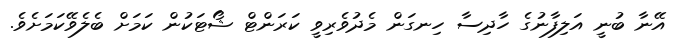
އޭނާ ބުނީ އަލިފާނުގެ ހާދިސާ ހިނގަން މެދުވެރިވީ ކަރަންޓް ޝޯޓަކުން ކަމަށް ބެލެވޭކަމަށެވެ.